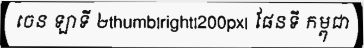
ចេន ឡាទី ២thumb|right|200px| ផែនទី កម្ពុជា